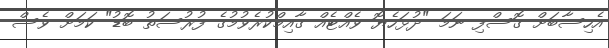
އެހިސާބަށް ގޮސްފި ނަމަ "ދުޅަހެޔޮ ވެއްޓެއް ގާއިމްކުރެވުމުގެ ފުރުސަތު ބޮޑު" ކަމަށް ވެސް